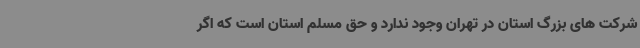
شرکت های بزرگ استان در تهران وجود ندارد و حق مسلم استان است که اگر